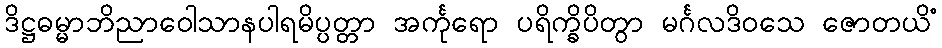
ဒိဋ္ဌဓမ္မာဘိညာဝေါသာနပါရမိပ္ပတ္တာ အင်္ကုရော ပရိက္ခိပိတွာ မင်္ဂလဒိဝသေ ဇောတယိံ